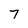
Character: 7